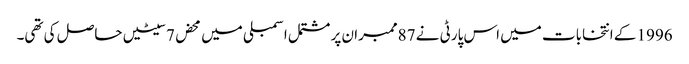
1996 کے انتخابات میں اس پارٹی نے 87ممبران پر مشتمل اسمبلی میں محض 7سیٹیں حاصل کی تھی۔